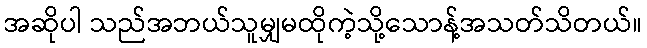
အဆိုပါ သည်အဘယ်သူမျှမထိုကဲ့သို့သောန့်အသတ်သိတယ်။